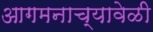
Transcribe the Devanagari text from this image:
आगमनाच्यावेळी